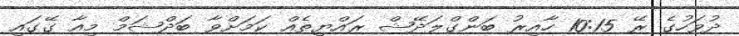
ދުވަހުގެ ރޭ 10:15 ހާއިރު ބަންގްލަދޭޝް ރައްޔިތެއް ކަމަށްވާ ބަދްޝަމް މިއާ ގޭގައި